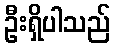
ဦးရှိပါသည်